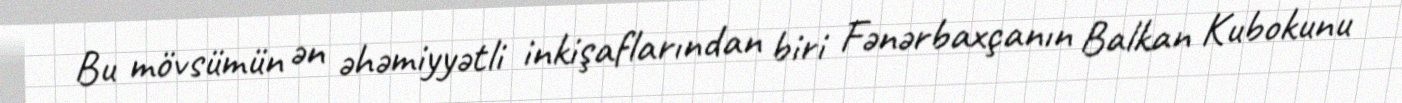
Bu mövsümün ən əhəmiyyətli inkişaflarından biri Fənərbaxçanın Balkan Kubokunu